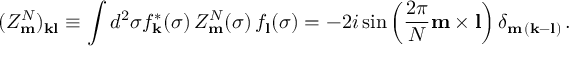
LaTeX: ( Z _ { \bf m } ^ { N } ) _ { \bf k l } \equiv \int d ^ { 2 } \sigma f _ { \bf k } ^ { * } ( \sigma ) \, Z _ { \bf m } ^ { N } ( \sigma ) \, f _ { \bf l } ( \sigma ) = - 2 i \sin \left( \frac { 2 \pi } { N } { \bf m \times l } \right) \delta _ { { \bf m } \, ( { \bf k - l } ) } \, .